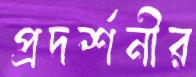
প্রদর্শনীর